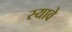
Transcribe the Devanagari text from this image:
स्यावे